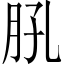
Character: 𦙥